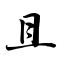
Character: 且